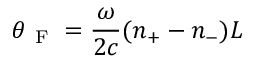
\theta _ { \mathrm { ~ F ~ } } = \frac { \omega } { 2 c } ( n _ { + } - n _ { - } ) L